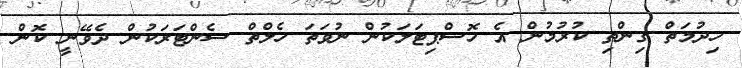
ހިދުމަތް ގިންތި ކުރުމުން އެ ހޮސްޕިޓަލަކުން ނުވަތަ ހެލްތް ސެންޓަރަކުން ދެވޭނީ ކޮން